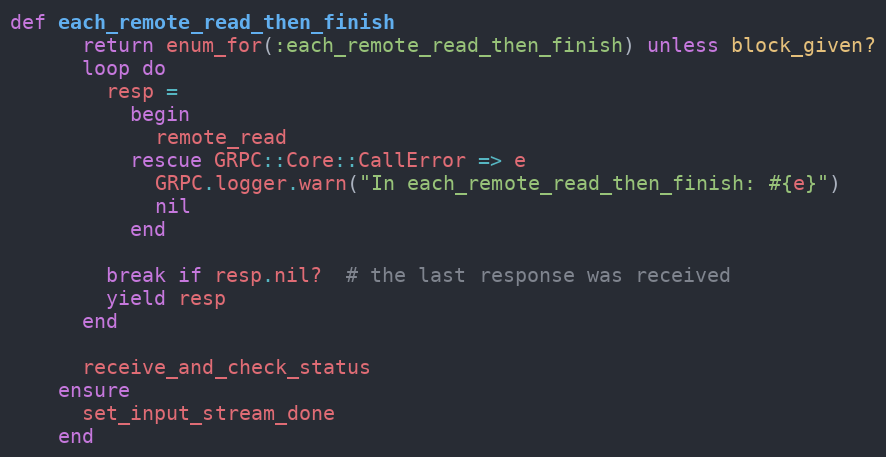
Language: Ruby
def each_remote_read_then_finish
      return enum_for(:each_remote_read_then_finish) unless block_given?
      loop do
        resp =
          begin
            remote_read
          rescue GRPC::Core::CallError => e
            GRPC.logger.warn("In each_remote_read_then_finish: #{e}")
            nil
          end

        break if resp.nil?  # the last response was received
        yield resp
      end

      receive_and_check_status
    ensure
      set_input_stream_done
    end